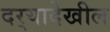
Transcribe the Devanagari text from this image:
दर्‍यादेखील